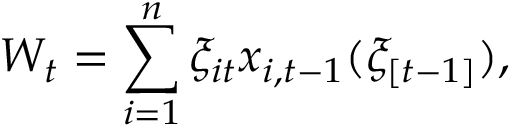
W _ { t } = \sum _ { i = 1 } ^ { n } \xi _ { i t } x _ { i , t - 1 } ( \xi _ { [ t - 1 ] } ) ,